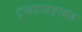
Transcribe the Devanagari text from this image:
ट्राइहाइड्राइड